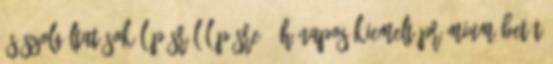
és szolgáltatások Lépésről lépésre 4 Hónapos Kiemelt Prémium Betét